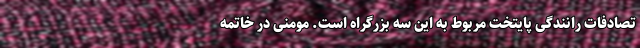
تصادفات رانندگی پایتخت مربوط به این سه بزرگراه است. مومنی در خاتمه